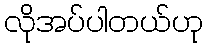
လိုအပ်ပါတယ်ဟု